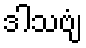
ဒါသဗျံ